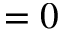
= 0